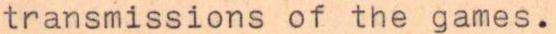
transmissions of the games.